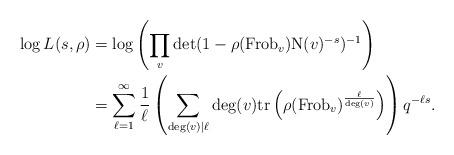
LaTeX: \begin{align*}\log L(s, \rho) &= \log \left(\prod_{v} \det(1-\rho(\mathrm{Frob}_{v}) \mathrm{N}(v)^{-s})^{-1} \right)\\& = \sum_{\ell = 1}^{\infty} \frac{1}{\ell} \left(\sum_{\deg(v) \mid \ell} \deg(v) \mathrm{tr} \left(\rho(\mathrm{Frob}_{v})^{\frac{\ell}{\deg(v)}} \right) \right) q^{-\ell s}.\end{align*}